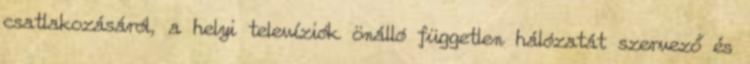
csatlakozásáról, a helyi televíziók önálló független hálózatát szervező és